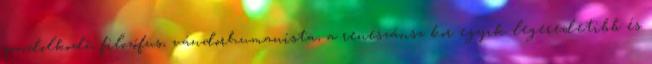
gondolkodó, filozófus, vándorhumanista, a reneszánsz kor egyik legeredetibb és